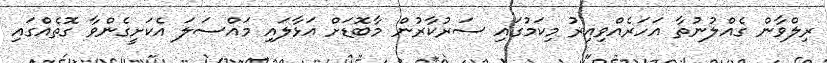
ރިލްވާން ގެއްލުނުތާ އަހަރެއްވިއިރު މިކަމުގައި ސަރުކާރުން މާބޮޑަށް އަޅާލައި މައްސަލަ އެކަށީގެންވާ ގޮތެއްގައި